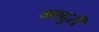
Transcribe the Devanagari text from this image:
मादुरी